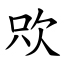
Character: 㰨